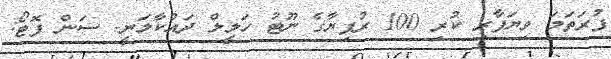
ފުރަތަމަ ވިޔަފާރި ކުރި 100 ރުފިޔާގެ ނޫޓު ހަލީލް ދައްކާލަނީ- ސަން ފޮޓޯ: